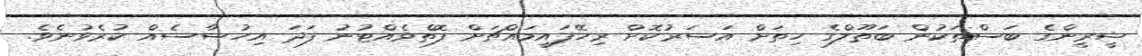
ޝީރީންގެ ބަސްތަކުން ބަތޫލްގެ ހިތަށް އަސަރުކޮށް ރިހޭފައިމައްޗަށް ފޮތްވެއްޓުނު ފަދަ އިހުސާސެއް ކުރެވުނެވެ.